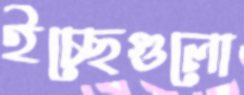
ইচ্ছেগুলো